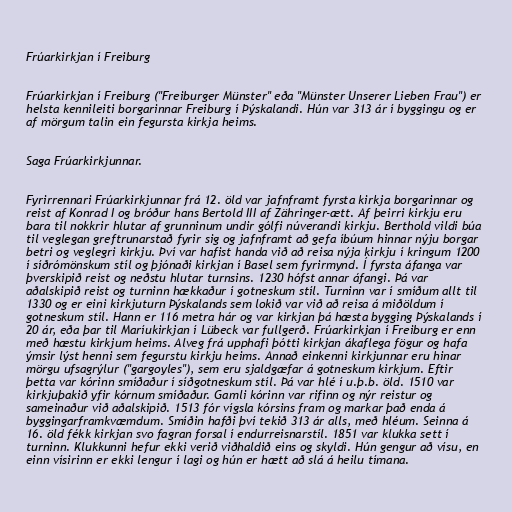
Frúarkirkjan í Freiburg

Frúarkirkjan í Freiburg ("Freiburger Münster" eða "Münster Unserer Lieben Frau") er
helsta kennileiti borgarinnar Freiburg í Þýskalandi. Hún var 313 ár í byggingu og er
af mörgum talin ein fegursta kirkja heims.

Saga Frúarkirkjunnar.

Fyrirrennari Frúarkirkjunnar frá 12. öld var jafnframt fyrsta kirkja borgarinnar og
reist af Konrad I og bróður hans Bertold III af Zähringer-ætt. Af þeirri kirkju eru
bara til nokkrir hlutar af grunninum undir gólfi núverandi kirkju. Berthold vildi búa
til veglegan greftrunarstað fyrir sig og jafnframt að gefa íbúum hinnar nýju borgar
betri og veglegri kirkju. Því var hafist handa við að reisa nýja kirkju í kringum 1200
í síðrómönskum stíl og þjónaði kirkjan í Basel sem fyrirmynd. Í fyrsta áfanga var
þverskipið reist og neðstu hlutar turnsins. 1230 hófst annar áfangi. Þá var
aðalskipið reist og turninn hækkaður í gotneskum stíl. Turninn var í smíðum allt til
1330 og er eini kirkjuturn Þýskalands sem lokið var við að reisa á miðöldum í
gotneskum stíl. Hann er 116 metra hár og var kirkjan þá hæsta bygging Þýskalands í
20 ár, eða þar til Maríukirkjan í Lübeck var fullgerð. Frúarkirkjan í Freiburg er enn
með hæstu kirkjum heims. Alveg frá upphafi þótti kirkjan ákaflega fögur og hafa
ýmsir lýst henni sem fegurstu kirkju heims. Annað einkenni kirkjunnar eru hinar
mörgu ufsagrýlur ("gargoyles"), sem eru sjaldgæfar á gotneskum kirkjum. Eftir
þetta var kórinn smíðaður í síðgotneskum stíl. Þá var hlé í u.þ.b. öld. 1510 var
kirkjuþakið yfir kórnum smíðaður. Gamli kórinn var rifinn og nýr reistur og
sameinaður við aðalskipið. 1513 fór vígsla kórsins fram og markar það enda á
byggingarframkvæmdum. Smíðin hafði því tekið 313 ár alls, með hléum. Seinna á
16. öld fékk kirkjan svo fagran forsal í endurreisnarstíl. 1851 var klukka sett í
turninn. Klukkunni hefur ekki verið viðhaldið eins og skyldi. Hún gengur að vísu, en
einn vísirinn er ekki lengur í lagi og hún er hætt að slá á heilu tímana.